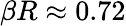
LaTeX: \beta R\approx 0.72